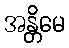
အန္တိမေ